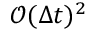
\mathcal { O } ( \Delta t ) ^ { 2 }